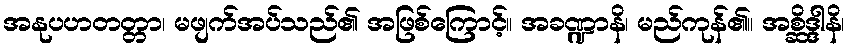
အနုပဟတတ္တာ၊ မဖျက်အပ်သည်၏ အဖြစ်ကြောင့်။ အခဏ္ဍာနိ၊ မည်ကုန်၏။ အစ္ဆိဒ္ဒါနိ၊